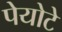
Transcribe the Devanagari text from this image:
पेयोटे